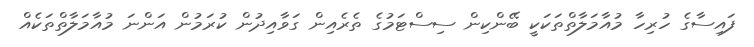
ފައިސާގެ ހުރިހާ މުއާމަލާތްތަކަކީ ބޭންކިން ސިސްޓަމުގެ ތެރެއިން ގަވާއިދުން ކުރަމުން އަންނަ މުއާމަލާތްތަކެއް